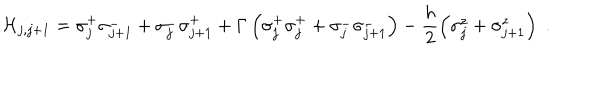
LaTeX: { \cal H } _ { j , j + 1 } = \sigma _ { j } ^ { + } \sigma _ { j + 1 } ^ { - } + \sigma _ { j } ^ { - } \sigma _ { j + 1 } ^ { + } + \Gamma \left( \sigma _ { j } ^ { + } \sigma _ { j } ^ { + } + \sigma _ { j } ^ { - } \sigma _ { j + 1 } ^ { - } \right) - \frac { h } { 2 } \left( \sigma _ { j } ^ { z } + \sigma _ { j + 1 } ^ { z } \right) \; .